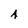
Character: A